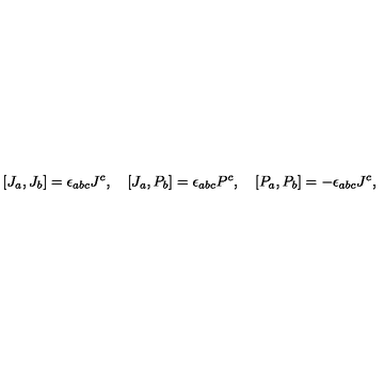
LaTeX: [ J _ { a } , J _ { b } ] = \epsilon _ { a b c } J ^ { c } , \quad [ J _ { a } , P _ { b } ] = \epsilon _ { a b c } P ^ { c } , \quad [ P _ { a } , P _ { b } ] = - \epsilon _ { a b c } J ^ { c } ,